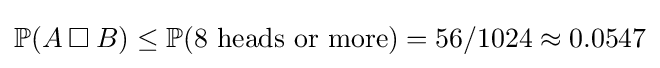
\mathbb {P} (A\mathbin {\square } B)\leq \mathbb {P} ({\text{8 heads or more}})=56/1024\approx 0.0547